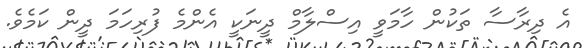
އެ ދިރާސާ ތަކުން ހާމަވީ އިސްލާމް ދީނަކީ އެންމެ ފުރިހަމަ ދީން ކަމެވެ.